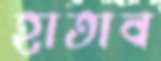
হাতাব